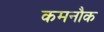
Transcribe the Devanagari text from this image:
कमनौक